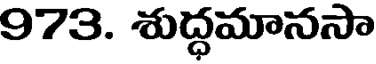
973. శుద్ధమానసా